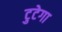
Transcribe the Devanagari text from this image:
टुटेगा